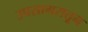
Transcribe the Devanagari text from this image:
उपसागरातून